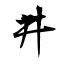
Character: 井